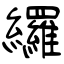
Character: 纙